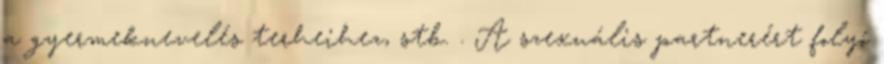
a gyermeknevelés terheihez, stb. . A szexuális partnerért folyó